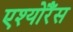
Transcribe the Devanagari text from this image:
एश्योरैंस